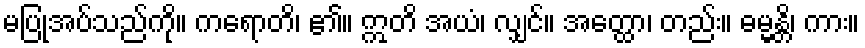
မပြုအပ်သည်ကို။ ကရောတိ၊ ၏။ ဣတိ အယံ၊ လျှင်။ အတ္ထော၊ တည်း။ ဓမ္မန္တိ၊ ကား။